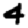
Digit: 4